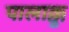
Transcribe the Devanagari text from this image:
पालाक्कु